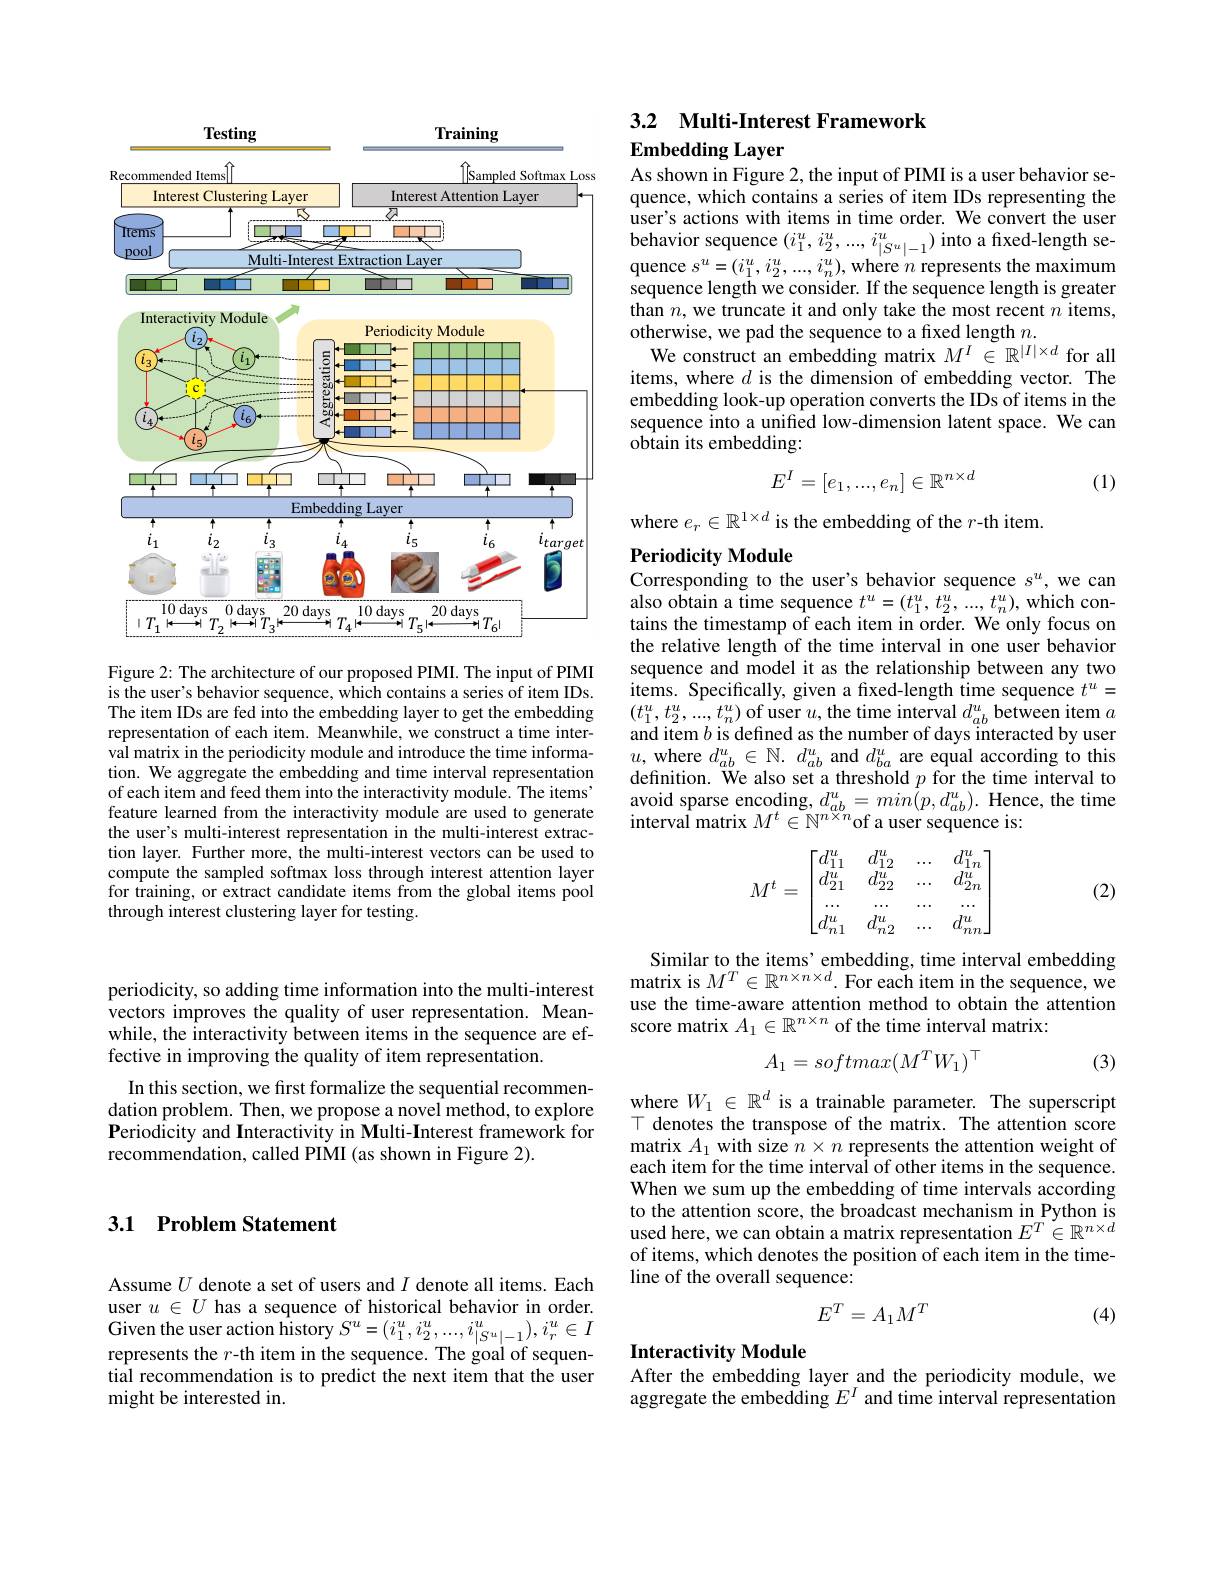
## 3.1 Problem Statement

Assume $U$ denote a set of users and $I$ denote all items. Each user $u\in U$ has a sequence of historical behavior in order. Given the user action history $S^u=(i_1^u,i_2^u,...,i_{|S^u|-1}^u),i_r^u\in I$ represents the $r$-th item in the sequence. The goal of sequential recommendation is to predict the next item that the user might be interested in.

<FigureHere>

Figure 2: The architecture of our proposed PIMI. The input of PIMI is the user's behavior sequence, which contains a series of item IDs. The item IDs are fed into the embedding layer to get the embedding representation of each item. Meanwhile, we construct a time interval matrix in the periodicity module and introduce the time information. We aggregate the embedding and time interval representation of each item and feed them into the interactivity module. The items' feature learned from the interactivity module are used to generate the user's multi-interest representation in the multi-interest extraction layer. Further more, the multi-interest vectors can be used to compute the sampled softmax loss through interest attention layer for training, or extract candidate items from the global items pool through interest clustering layer for testing.

## 3.2 Multi-Interest Framework

Embedding Layer

As shown in Figure 2, the input of PIMI is a user behavior sequence, which contains a series of item IDs representing the $\hat{\text{user's actions with items in time order. We convert the user}}$ behavior sequence $( i_{1}^{u}, i_{2}^{u}, . . . , i_{| S^{u}| - 1}^{u})$ into a fixed- length se- quence $s^{u}= ( i_{1}^{u}, i_{2}^{u}, . . . , i_{n}^{u}) $, where $n$ represents the maximum sequence length we consider. If the sequence length is greater than $n$,we truncate it and only take the most recent $n$ items, otherwise, we pad the sequence to a fixed length $n.$
We construct an embedding matrix $M^I\in\mathbb{R}^{|I|\times d}$ for all items, where $d$ is the dimension of embedding vector. The embedding look-up operation converts the IDs of items in the sequence into a unified low-dimension latent space. We can obtain its embedding:
$$E^I=[e_1,...,e_n]\in\mathbb{R}^{n\times d}$$
(1)

where $e_r\in\mathbb{R}^{1\times d}$ is the embedding of the $r$-th item.
Periodicity Module

Corresponding to the user's behavior sequence $s^u$, we can $\begin{array}{l}{\text{also obtain a time sequence }t^{u}=(t_{1}^{u},t_{2}^{u},...,t_{n}^{u}),\mathrm{which~con-}}\\{\text{tains the timestamp of each item in order. We only focus on}}\end{array}$ the relative length of the time interval in one user behavior sequence and model it as the relationship between any two items. Specifically, given a fixed-length time sequence $t^u=$ $(t_{1}^{u},t_{2}^{u},...,t_{n}^{u})$ of user $u$,the time interval $d_ab^{u}$ between item $a$ and item $b$ is defined as the number of days interacted by user $u$,where $d_ab^u\in\mathbb{N}.d_{ab}^u$ and $d_ba^u$ are equal according to this definition. We also set a threshold $p$ for the time interval to avoid sparse encoding, $d_{ab}^u=min\bar{(}p,d_{ab}^u).$ Hence, the time $\hat{\text{interval matrix }}M^{t}\in\mathbb{N}^{n\times n}$of a user sequence is:
$$M^t=\begin{bmatrix}d_{11}^u&d_{12}^u&...&d_{1n}^u\\d_{21}^u&d_{22}^u&...&d_{2n}^u\\...&...&...&...\\d_{n1}^u&d_{n2}^u&...&d_{nn}^u\end{bmatrix}$$
(2)

Similar to the items' embedding, time interval embedding matrix is $M^T\in\mathbb{R}^{n\times n\times d}.$ For each item in the sequence, we use the time-aware attention method to obtain the attention score matrix $A_1\in\mathbb{R}^{n\times n}$ of the time interval matrix:
$$A_1=softmax(M^TW_1)^\top $$
(3)

where $W_1\in\mathbb{R}^d$ is a trainable parameter. The superscript $T$ denotes the transpose of the matrix. The attention score matrix $A_1$ with size $n\times n$ represents the attention weight of each item for the time interval of other items in the sequence. When we sum up the embedding of time intervals according to the attention score, the broadcast mechanism in Python is used here, we can obtain a matrix representation $E^T\in\mathbb{R}^{n\times d}$ of items, which denotes the position of each item in the timeline of the overall sequence:
$$E^T=A_1M^T$$
(4)

Interactivity Module
After the embedding layer and the periodicity module, we

aggregate the embedding $E^I$ and time interval representation

periodicity, so adding time information into the multi-interest vectors improves the quality of user representation. Meanwhile, the interactivity between items in the sequence are effective in improving the quality of item representation.
In this section, we first formalize the sequential recommen-

dation problem. Then, we propose a novel method, to explore Periodicity and Interactivity in Multi-Interest framework for recommendation, called PIMI (as shown in Figure 2).